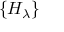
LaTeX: \{ H _ { \lambda } \}